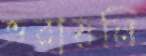
ভরায়নি